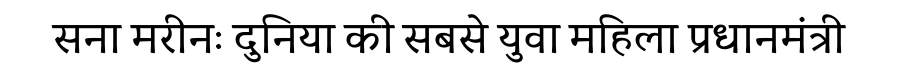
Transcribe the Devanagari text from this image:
सना मरीनः दुनिया की सबसे युवा महिला प्रधानमंत्री